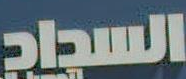
السداد